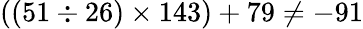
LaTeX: ((51\div 26)\times 143)+79\neq-91